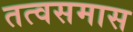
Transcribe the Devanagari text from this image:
तत्वसमास